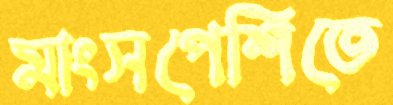
মাংসপেশিতে